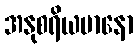
အနုစရိယမာနော